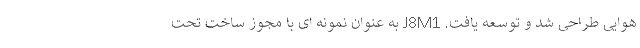
هوایی طراحی شد و توسعه یافت. J8M1 به عنوان نمونه ای با مجوز ساخت تحت